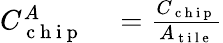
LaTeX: \begin{array}{rl}{C_{\mathrm{~c~h~i~p~}}^{A}}&{{}=\frac{C_{\mathrm{~c~h~i~p~}}}{A_{\mathrm{~t~i~l~e~}}}}\end{array}